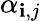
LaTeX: \alpha_{\mathbf{i},j}